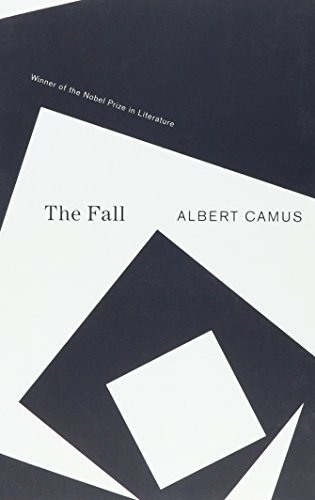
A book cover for The Fall; Albert Camus; Literature & Fiction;